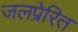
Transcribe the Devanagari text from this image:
जलप्रेरित